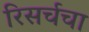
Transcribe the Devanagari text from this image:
रिसर्चचा